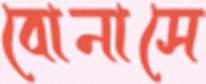
বোনাসে